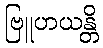
ဗြူဟယန္တိ